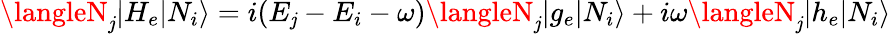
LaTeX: \langleN_{\mathit{j}}|H_{e}|N_{i}\rangle=i(E_{\mathit{j}}-E_{i}-\omega)\langleN_{\mathit{j}}|g_{e}|N_{i}\rangle+i\omega\langleN_{\mathit{j}}|h_{e}|N_{i}\rangle